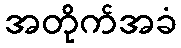
အတိုက်အခံ